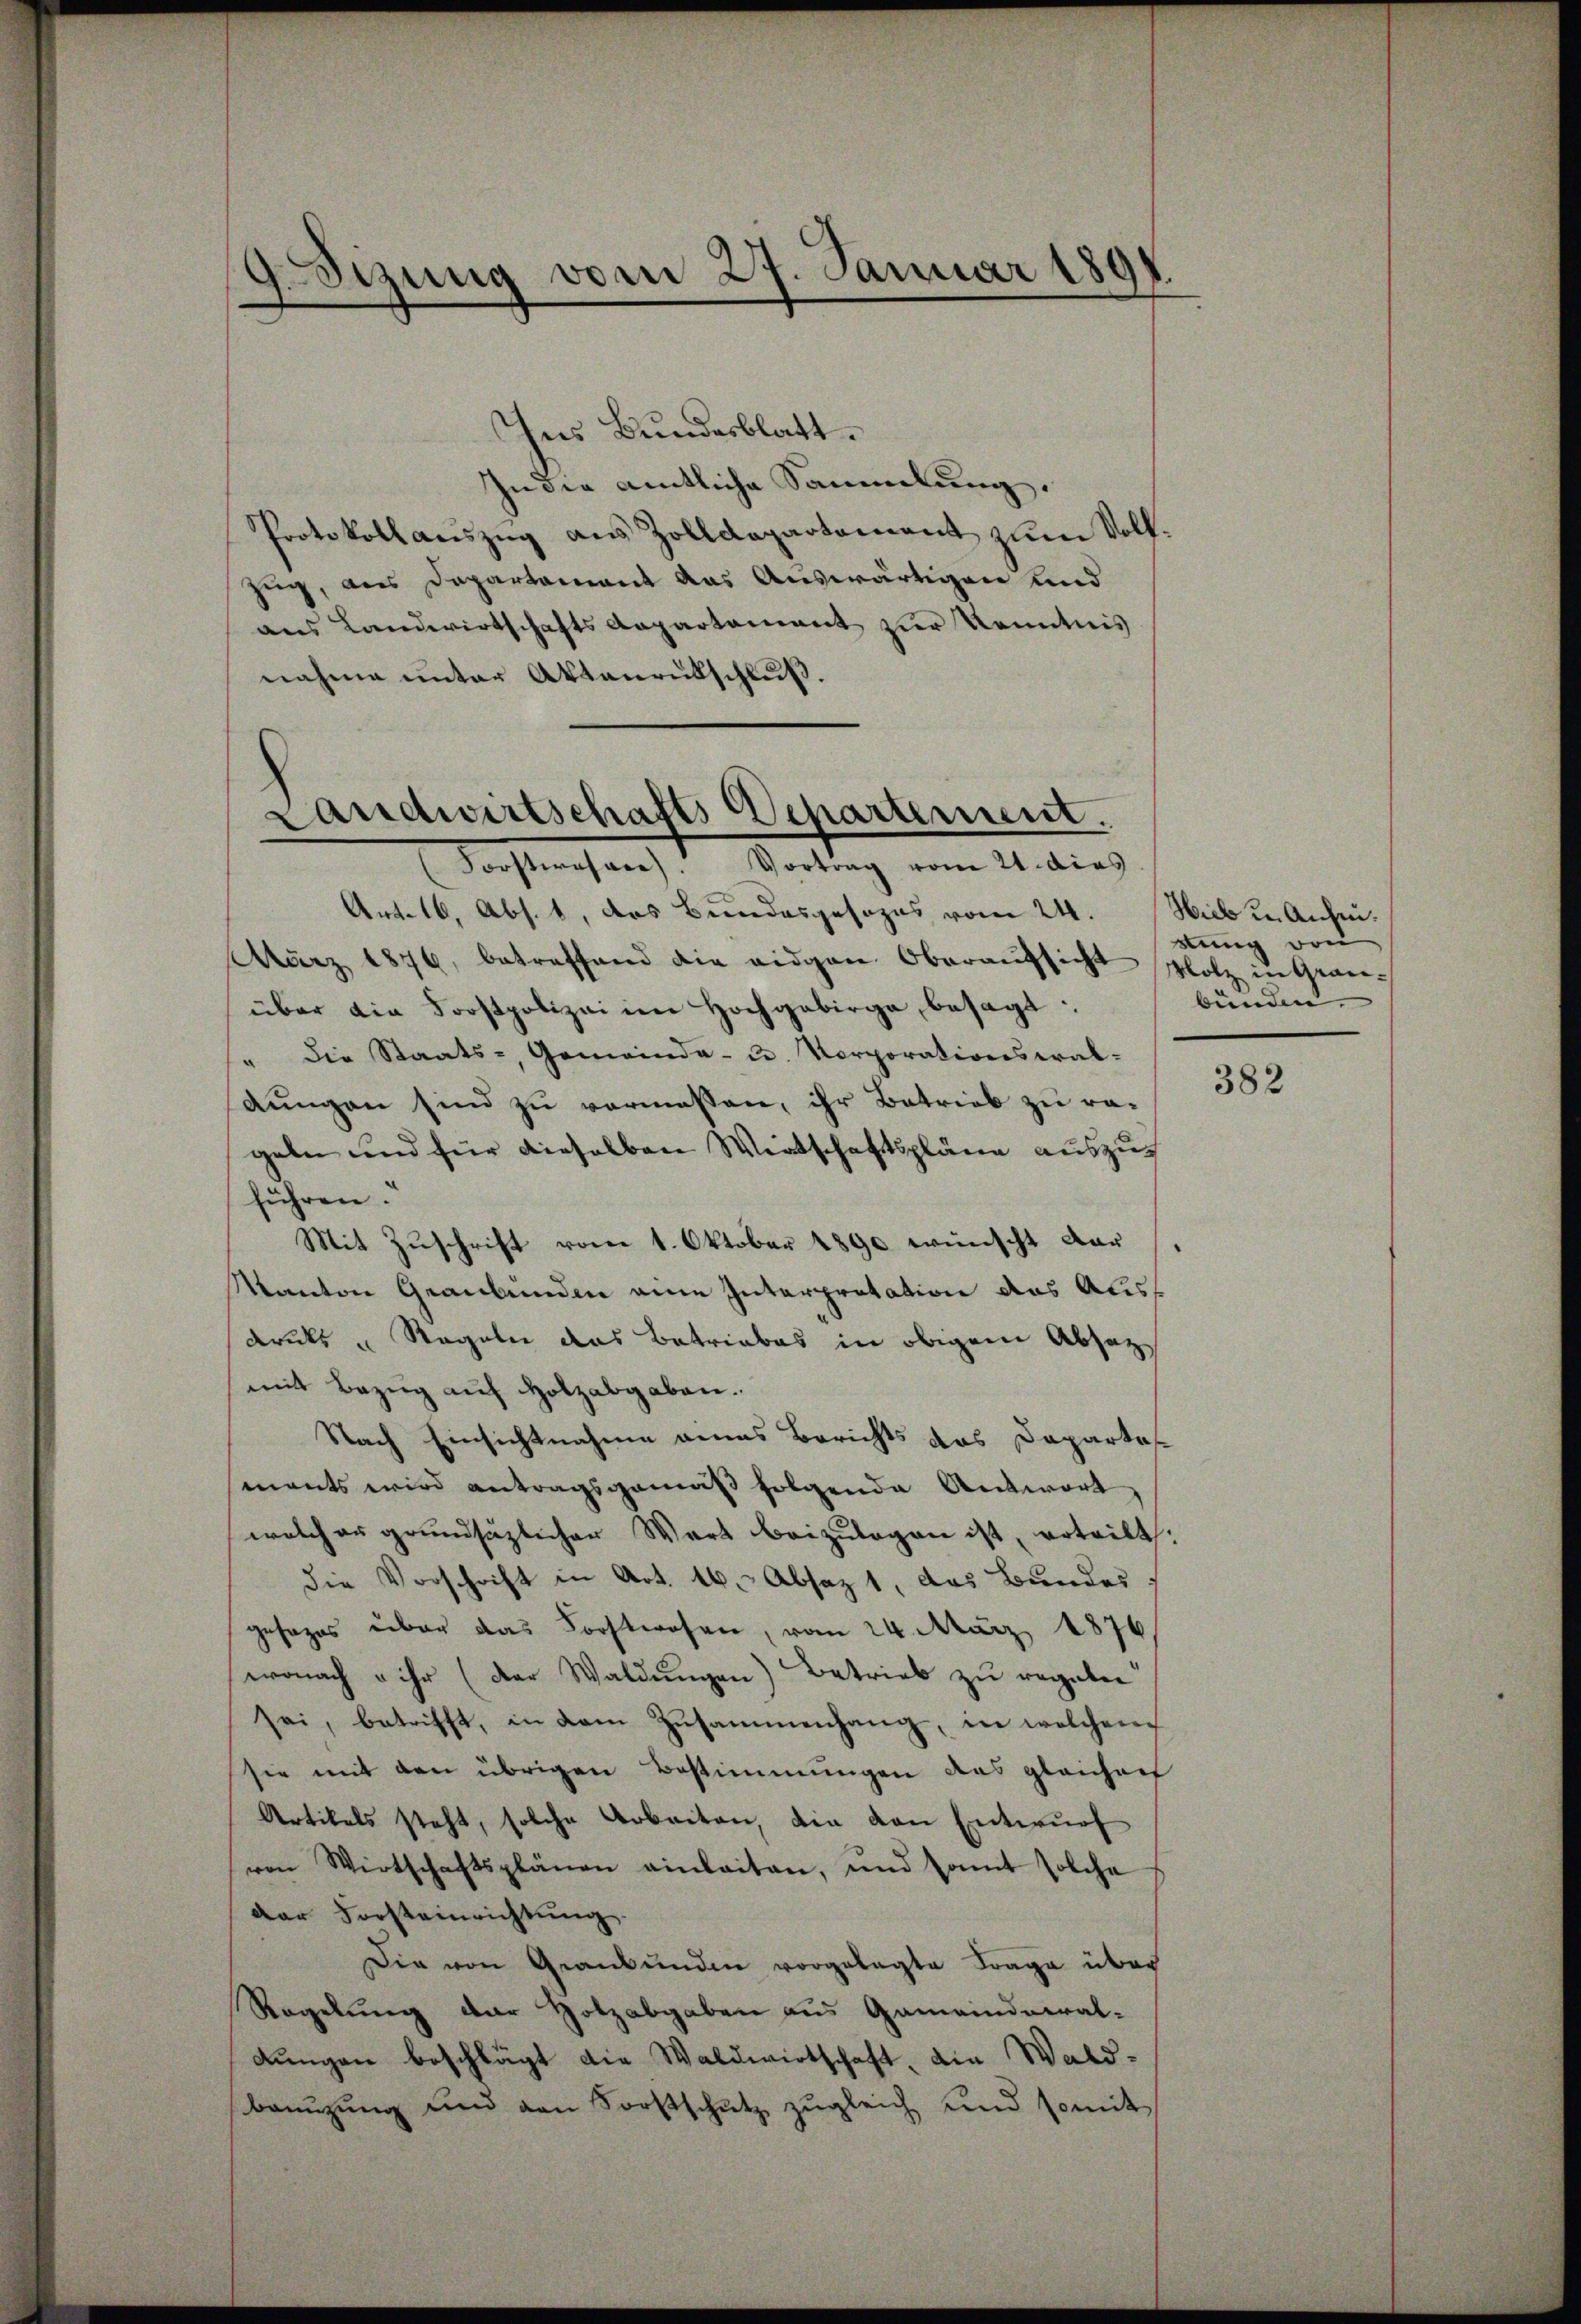
.Sizung vom 27. Januar 1891.

Ins Bundesblatt.
In die amtliche Sammlung,
Protokoll aŭszŭg aŭs Zolldepartament zŭm Volkzug, aus Departement das Auswärtigen und
aus Landwirtschafts Appartament zur Kenntnis
nahme unter Aktenrütschlŭβ.

Landwirtschafts Separtement.
(Forsteresare. Vortrag vom 21. dies

Art. 16, Abs. 1, das Bundesgesezes vom 24. Hieb u. Ansin¬
März 1876, betreffend die eidgen. Oberaŭfsicht Holz in Grauüber die Forstpolizei im Hochgebirge, besagt:
" die Staats-, Gemeinde- u. Vorporationswal-
dungen sind zu vermassen, ihr Betrieb zu re-
geben und für dieselben Wirtschaftspläne auszus
führen.“
Mit Zuschrift vom 1. Oktober 1890 wünscht dar
Kanton Graubünden eine Interpretation das Aless
drucks u Regeln das Betriebes in obigem Absatzmit Bezug auf Holzabgaben.
Nach Einsichtnahme eines Berichts das Dapartes
ments wird antragsgemäß folgende Antwort
welcher grundsätzlicher Wart beizulegen ist, erteilt:
die Vorschrift in Art. 16. Absaz 1, das Bundes
gesages über das Forstwesen, vom 24. März 1876
wonach u ihr (der Waldungen) Betrieb zu regeben.
sei, betrifft, in dem Zusammenhang, in welchem
sie mit den übrigen Bestimmungen des gleichaef
Artikels steht, solche Arbeiten, die von Entwurf
von Wirtschaftsplänen einleiten, und samt solche
der Forsteinrichtung.
Die von Graubünden vorgelegte Frage über
Regelung der Holzabgaben aus Gemeinderal-
dungen beschlägt die Waldwirtschaft, die Wald¬
Bauŭzŭng und von Forstschŭtz zŭgleich und somit

stung von
bunden

382